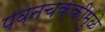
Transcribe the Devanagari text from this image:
पवनचक्कीमुळे